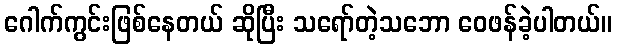
ဂေါက်ကွင်းဖြစ်နေတယ် ဆိုပြီး သရော်တဲ့သဘော ဝေဖန်ခဲ့ပါတယ်။